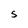
Character: S